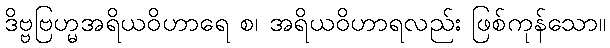
ဒိဗ္ဗဗြဟ္မအရိယဝိဟာရေ စ၊ အရိယဝိဟာရလည်း ဖြစ်ကုန်သော။